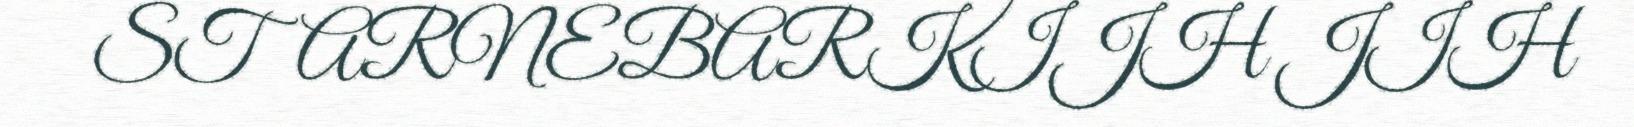
STARNEBARKIJH JIH